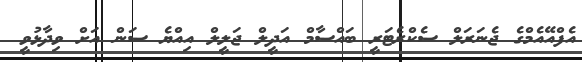
އެފްއޭއެމްގެ ޖެނަރަލް ސެކްރެޓަރީ ބައްސާމް އަދީލް ޖަލީލް އިއްޔެ ސަން އަށް ވިދާޅުވީ